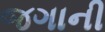
જગાની